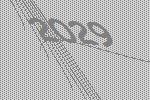
2029